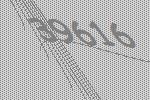
39616